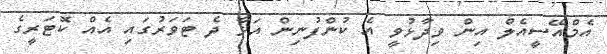
އެމްއޭސީއެލް އިން ވިދާޅުވީ އެ ކުންފުނިން އަޅާ ދެ ޓަވަރުގައި އެއް ކޮޓަރީގެ